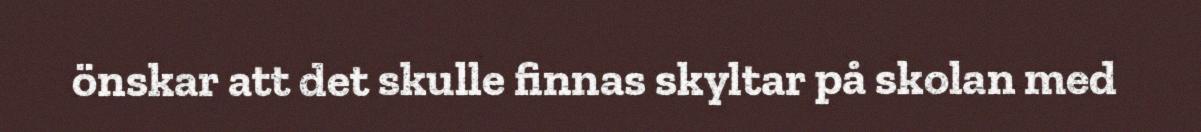
önskar att det skulle finnas skyltar på skolan med